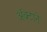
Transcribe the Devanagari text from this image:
अॅक्टाने